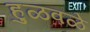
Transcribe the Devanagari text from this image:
हुळवळे